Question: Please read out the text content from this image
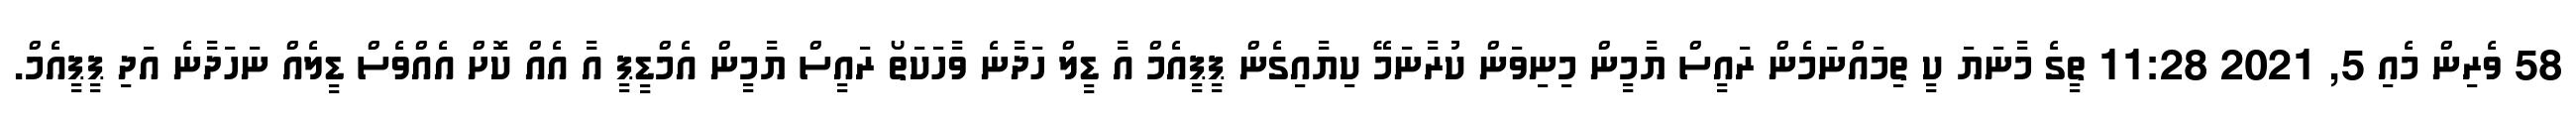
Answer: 58 ވެރިން މެއި 5, 2021 11:28 ތީގެ މާނަޔަ ކީ ތިމައްނަމެން ރައީސް ޔާމީން މިނިވަން ކުރާނަމޭ ކިޔާއިގެން ޕީޕީއެމް އާ ޑީލް ހަދާނެ ވާހަކަތޯ ރައީސް ޔާމީން އެމްޑީޕީ އާ އެއް ކޮށް އެއްވެސް ޑީލެއް ނަހަދާނެ އަދި ޕީޕީއެމް.